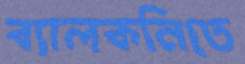
ব্যালকনিতে